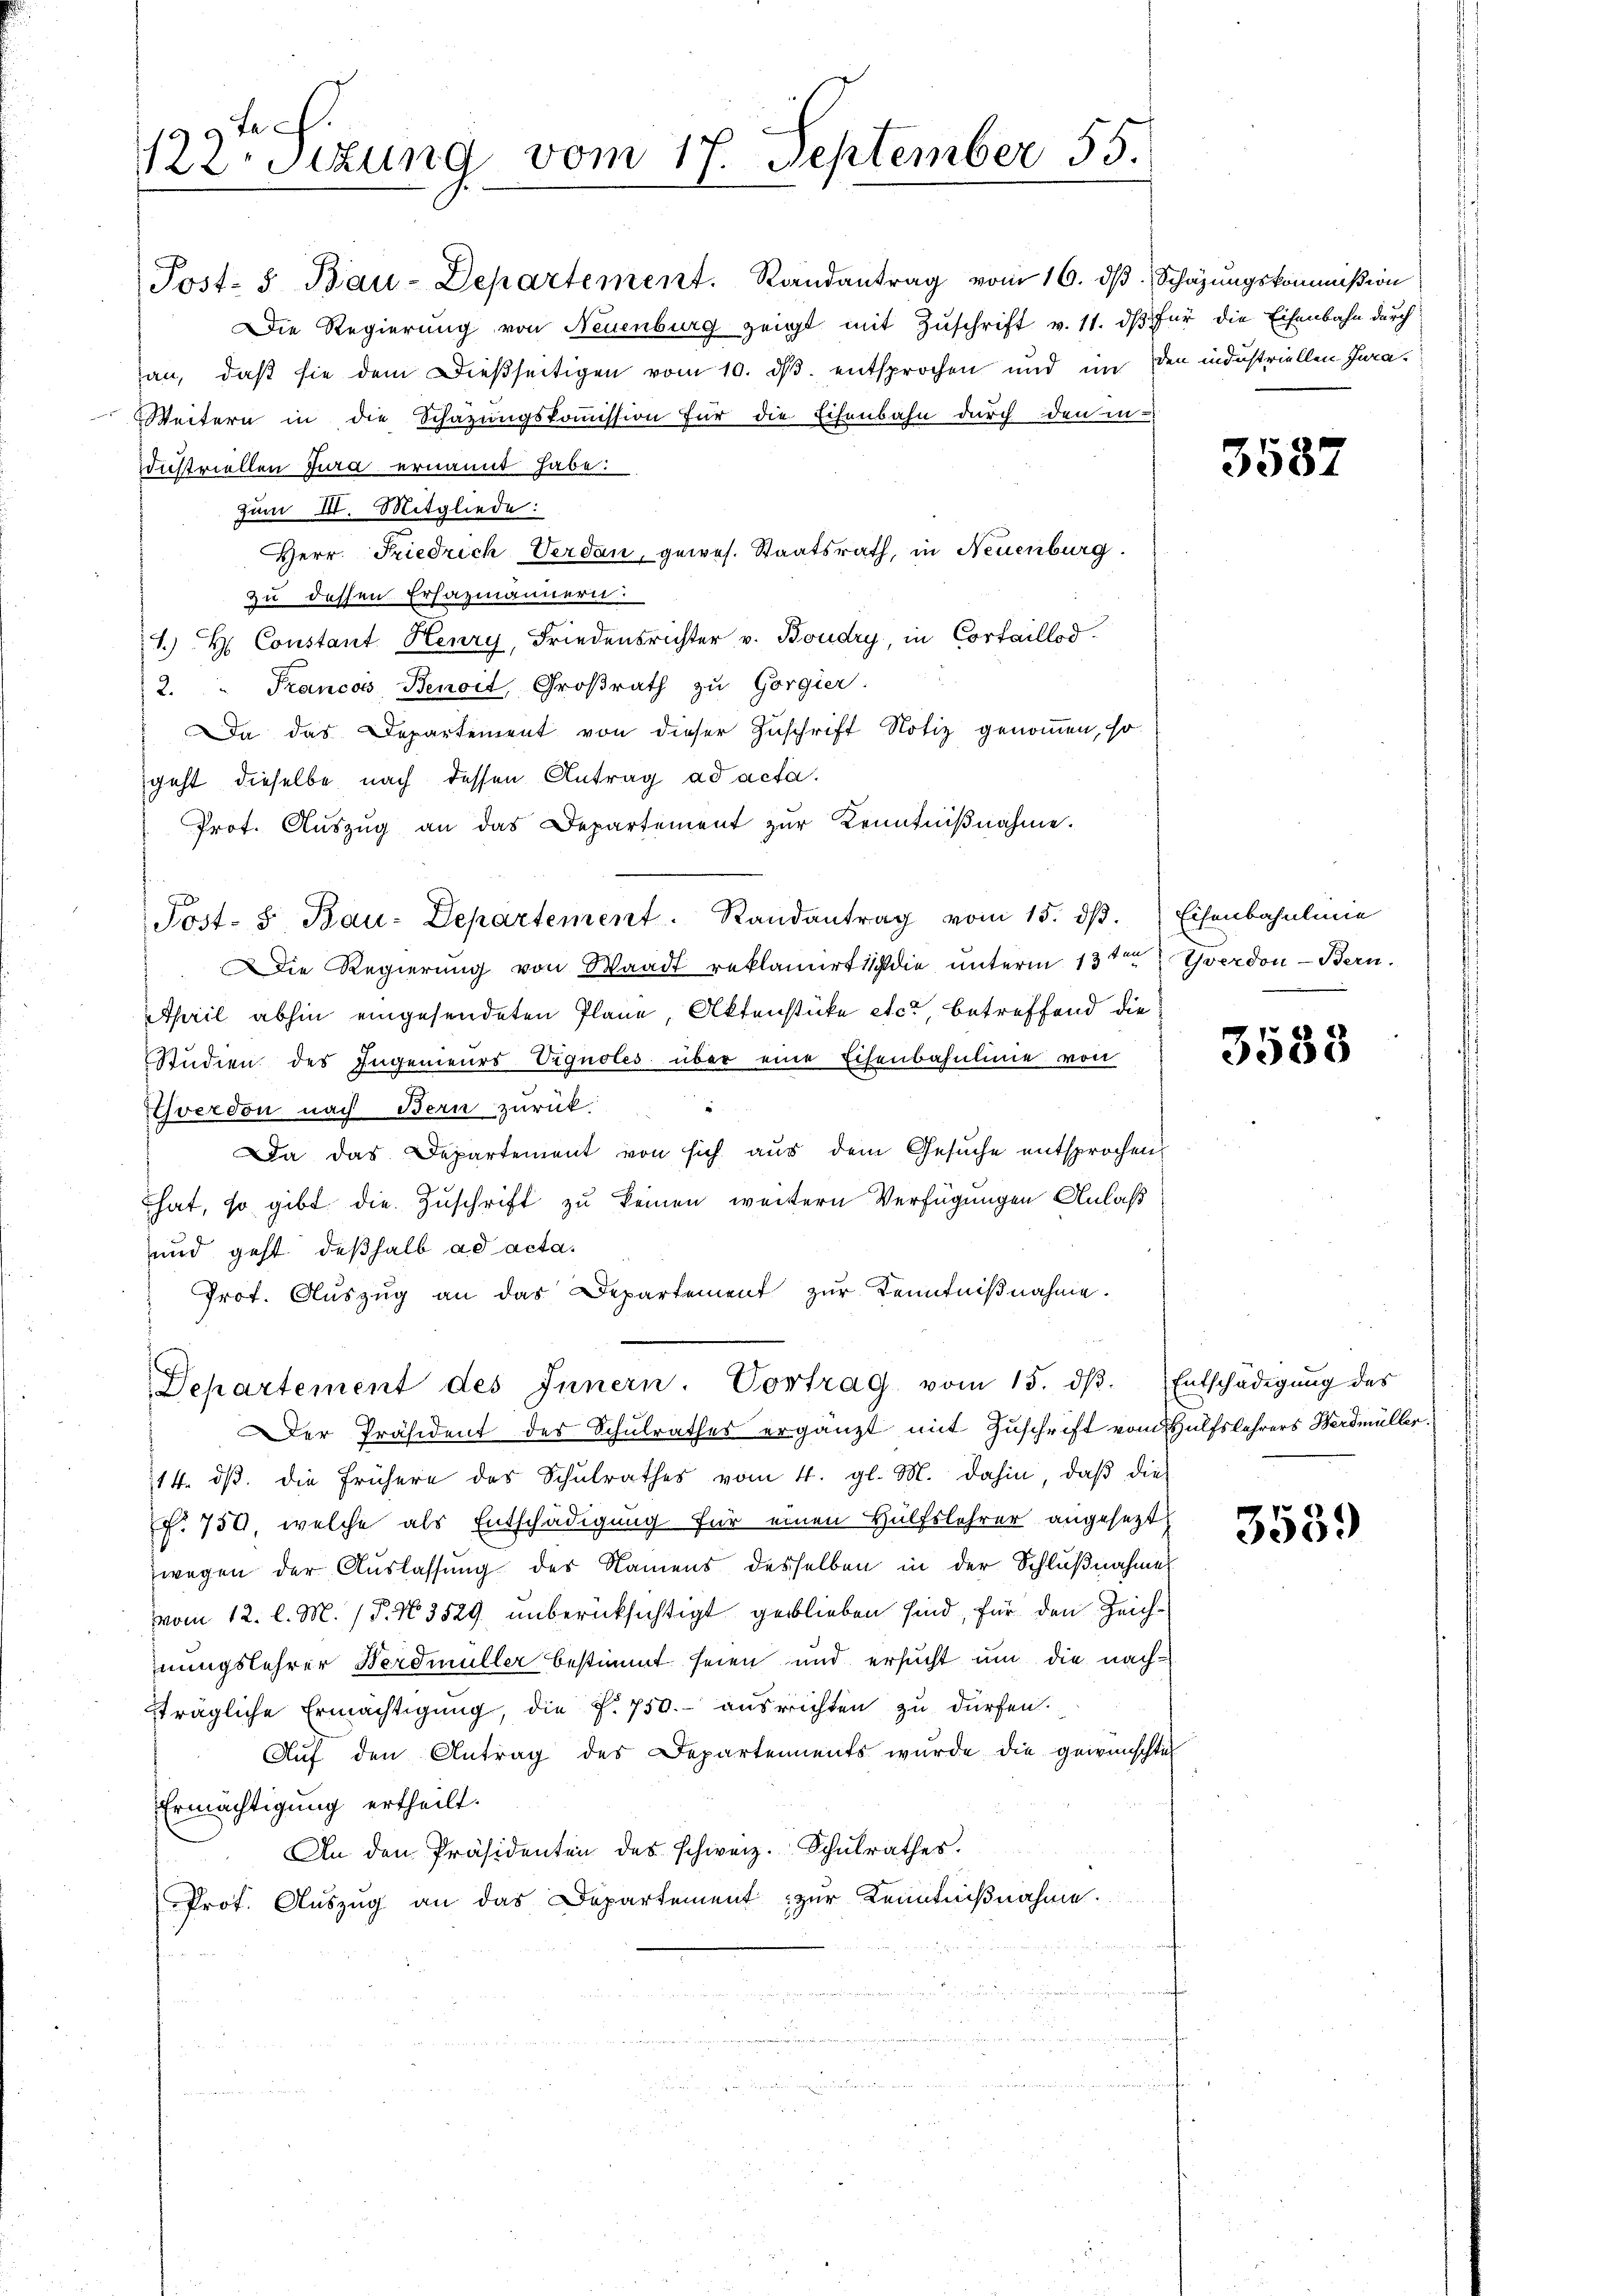
tch.
122. Sitzung vom 17. September 55.

Post- u Bau-Departement. Randantrag vom 16. dβ Schazungskommißion
Die Regierung von Neuenburg zeigt mit Zŭschrift v. 11. dβ für die Eisenbahn durch
an, daß sie dem dießseitigen vom 10. ds. entsprochen und im den industriellen Jura¬
Weitern in die Schazungskoṁission für die Eisenbahn durch den in-
dustriellen Jura ernannt habe.
Zum III. Mitgliede:
Herr Friedrich Verdan, gewes. Staatsrath, in Neuenburg.
zu dessen Erhazmännern.
1.) Constant Henry, Friedensrichter v. Boudry, in Cortaillod
2.  Francois Benoit, Großrath zu Gorgier
Da das Departement von dieser Zuschrift Notiz genommen, so
geht dieselbe nach dessen Antrag ad acta.
Prot. Aŭszŭg an das Departement zŭr Kenntniβnahme.
Post- & Bau-Departement. Randantrag vom 15. dβ. Eisenbahnlinie
 Die Regierung von Waadt reklamirt sich die unterm 13ten Yverdon-Bern.
April abhin eingesendeten Plane, Aktenstücke etc., betreffend die
Studien des Ingenieurs Vignoles über eine Eisenbahnlinie von
.
Yverdon nach Bern zurück.
Da das Departement von sich aus dem Gesuche entsprochen,
hat, so gibt die Zuschrift zu keinen weitern Verfügungen Anlaß
und geht deßhalb ad acta.
Prot. Auszug an das Departement zur Kenntnißnahme.

Departement des Innern. Vortrag vom 15. dβ. Entschädigŭng des

Der Präsident des Schulrathes ergänzt mit Zuschrift vom Hülfslehrers Werdmüller.
14. dβ. die frühere des Schŭlrathes vom 4. gl. M. dahin, daβ die
f. 750, welche als Entschädigung für einen Hülfslehrer angesezt
wegen der Auslassung des Namens desselben in der Schlußnahme
vom 12. l. M. P. N. 3529 unberücksichtigt geblieben sind, für den Zeichhnungslehrer Herdmüller bestimmt seien und ersucht um die nach
strägliche Ermächtigung, die f. 750.- ausrichten zu dürfen.
Aŭf den Antrag des Departements wurde die gewünschte
Ermächtigung ertheilt.
An den Präsidenten des schweiz. Schŭlrathes.
Prot. Auszug an das Departement zur Kenntnißnahme.

3587

3583

3539